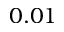
0 . 0 1